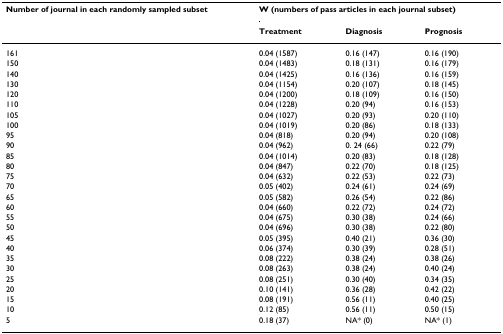
<table><thead><tr><td><b>Number of journal in each randomly sampled subset</b></td><td colspan="3"><b>W (numbers of pass articles in each journal subset)</b></td></tr><tr><td></td><td><b>Treatment</b></td><td><b>Diagnosis</b></td><td><b>Prognosis</b></td></tr></thead><tbody><tr><td>161</td><td>0.04 (1587)</td><td>0.16 (147)</td><td>0.16 (190)</td></tr><tr><td>150</td><td>0.04 (1483)</td><td>0.18 (131)</td><td>0.16 (179)</td></tr><tr><td>140</td><td>0.04 (1425)</td><td>0.16 (136)</td><td>0.16 (159)</td></tr><tr><td>130</td><td>0.04 (1154)</td><td>0.20 (107)</td><td>0.18 (145)</td></tr><tr><td>120</td><td>0.04 (1200)</td><td>0.18 (109)</td><td>0.16 (150)</td></tr><tr><td>110</td><td>0.04 (1228)</td><td>0.20 (94)</td><td>0.16 (153)</td></tr><tr><td>105</td><td>0.04 (1027)</td><td>0.20 (93)</td><td>0.20 (110)</td></tr><tr><td>100</td><td>0.04 (1019)</td><td>0.20 (86)</td><td>0.18 (133)</td></tr><tr><td>95</td><td>0.04 (818)</td><td>0.20 (94)</td><td>0.20 (108)</td></tr><tr><td>90</td><td>0.04 (962)</td><td>0. 24 (66)</td><td>0.22 (79)</td></tr><tr><td>85</td><td>0.04 (1014)</td><td>0.20 (83)</td><td>0.18 (128)</td></tr><tr><td>80</td><td>0.04 (847)</td><td>0.22 (70)</td><td>0.18 (125)</td></tr><tr><td>75</td><td>0.04 (632)</td><td>0.22 (53)</td><td>0.22 (73)</td></tr><tr><td>70</td><td>0.05 (402)</td><td>0.24 (61)</td><td>0.24 (69)</td></tr><tr><td>65</td><td>0.05 (582)</td><td>0.26 (54)</td><td>0.22 (86)</td></tr><tr><td>60</td><td>0.04 (660)</td><td>0.22 (72)</td><td>0.24 (72)</td></tr><tr><td>55</td><td>0.04 (675)</td><td>0.30 (38)</td><td>0.24 (66)</td></tr><tr><td>50</td><td>0.04 (696)</td><td>0.30 (38)</td><td>0.22 (80)</td></tr><tr><td>45</td><td>0.05 (395)</td><td>0.40 (21)</td><td>0.36 (30)</td></tr><tr><td>40</td><td>0.06 (374)</td><td>0.30 (39)</td><td>0.28 (51)</td></tr><tr><td>35</td><td>0.08 (222)</td><td>0.38 (24)</td><td>0.38 (26)</td></tr><tr><td>30</td><td>0.08 (263)</td><td>0.38 (24)</td><td>0.40 (24)</td></tr><tr><td>25</td><td>0.08 (251)</td><td>0.30 (40)</td><td>0.34 (35)</td></tr><tr><td>20</td><td>0.10 (141)</td><td>0.36 (28)</td><td>0.42 (22)</td></tr><tr><td>15</td><td>0.08 (191)</td><td>0.56 (11)</td><td>0.40 (25)</td></tr><tr><td>10</td><td>0.12 (85)</td><td>0.56 (11)</td><td>0.50 (15)</td></tr><tr><td>5</td><td>0.18 (37)</td><td>NA* (0)</td><td>NA* (1)</td></tr></tbody></table>